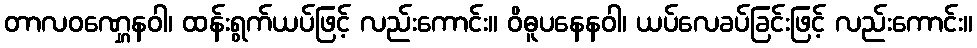
တာလဝဏ္ဋေနဝါ၊ ထန်းရွက်ယပ်ဖြင့် လည်းကောင်း။ ဝိဓူပနေနဝါ၊ ယပ်လေခပ်ခြင်းဖြင့် လည်းကောင်း။